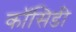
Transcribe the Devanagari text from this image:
कॉसिडी